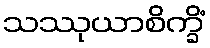
သဿုယာစိက္ခိံ